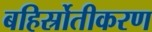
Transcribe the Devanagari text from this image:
बहिर्स्रोतीकरण